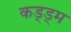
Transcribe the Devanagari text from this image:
कड्ड्म